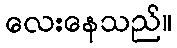
လေးနေသည်။